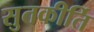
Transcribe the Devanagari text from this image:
सुतकीर्ति